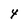
Character: 4